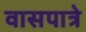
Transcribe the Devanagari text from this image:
वासपात्रे